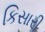
કિસારી